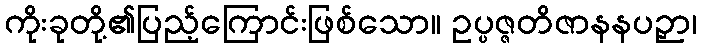
ကိုးခုတို့၏ပြည့်ကြောင်းဖြစ်သော။ ဥပ္ပဇ္ဇတိဇာနနပဉှာ၊